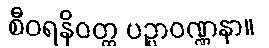
စီဝရနိဝတ္ထ ပဉ္ပာဝဏ္ဏနာ။